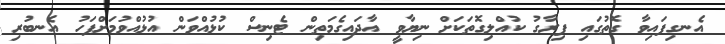
އެނގިފައިވާ ގޮތުގައި ފިރާގު ކުއްލިގޮތަކަށް ނިޔާވީ އާދައިގެމަތިން ޓެނިސް ކުޅުއްވަން އުޅުއްވުމަށްފަހު އެނބުރި